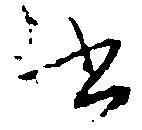
書